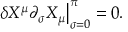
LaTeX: \left. \delta X ^ { \mu } \partial _ { \sigma } X _ { \mu } \right| _ { \sigma = 0 } ^ { \pi } = 0 .